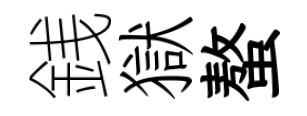
銭獄螯